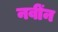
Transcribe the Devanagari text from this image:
नवींन